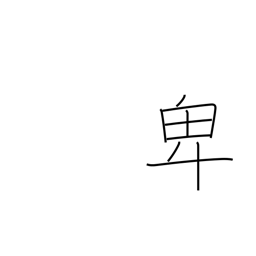
Meaning: lowly